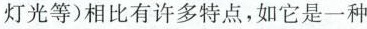
灯光等)相比有许多特点，如它是一种